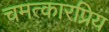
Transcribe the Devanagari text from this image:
चमत्कारप्रिय